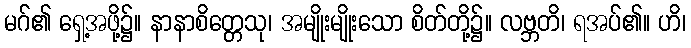
မဂ်၏ ရှေ့အဖို့၌။ နာနာစိတ္တေသု၊ အမျိုးမျိုးသော စိတ်တို့၌။ လဗ္ဘတိ၊ ရအပ်၏။ ဟိ၊